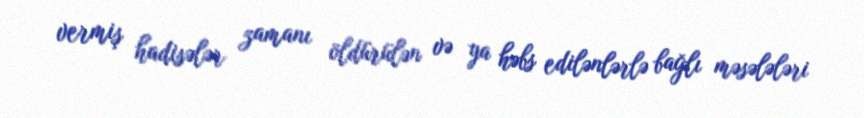
vermiş hadisələr zamanı öldürülən və ya həbs edilənlərlə bağlı məsələləri